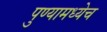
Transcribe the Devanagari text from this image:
पुण्यामध्येच